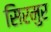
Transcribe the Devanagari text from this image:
सिरमुर